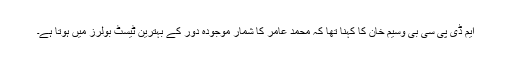
ایم ڈی پی سی بی وسیم خان کا کہنا تھا کہ محمد عامر کا شمار موجودہ دور کے بہترین ٹیسٹ بولرز میں ہوتا ہے۔